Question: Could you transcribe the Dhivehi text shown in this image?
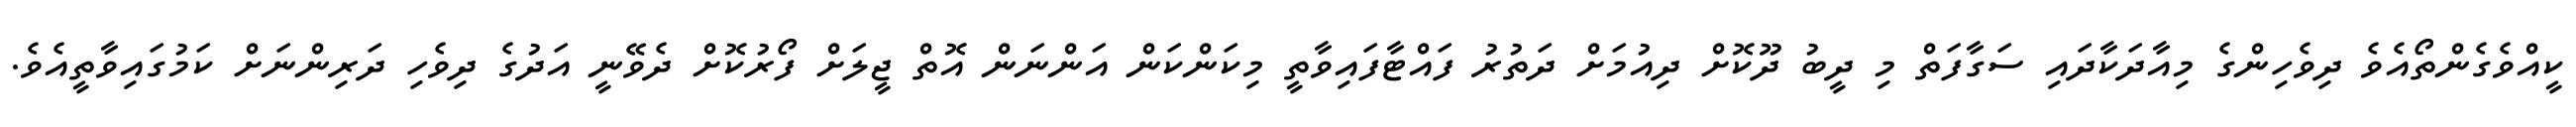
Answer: ކީއްވެގެންތޯއެވެ ދިވެހިންގެ މިއާދަކާދައި ސަގާފަތް މި ދީބު ދޫކޮށް ދިއުމަށް ދަތުރު ފައްޓާފައިވާތީ މިކަންކަން އަންނަން އޮތް ޖީލަށް ފޯރުކޮށް ދެވޭނީ އަދުގެ ދިވެހި ދަރިންނަށް ކަމުގައިވާތީއެވެ.